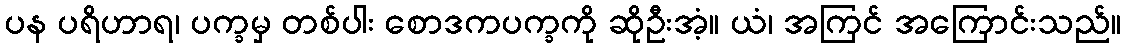
ပန ပရိဟာရ၊ ပက္ခမှ တစ်ပါး စောဒကပက္ခကို ဆိုဦးအံ့။ ယံ၊ အကြင် အကြောင်းသည်။